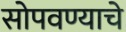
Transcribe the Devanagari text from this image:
सोपवण्याचे